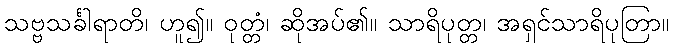
သဗ္ဗသင်္ခါရာတိ၊ ဟူ၍။ ဝုတ္တံ၊ ဆိုအပ်၏။ သာရိပုတ္တ၊ အရှင်သာရိပုတြာ။